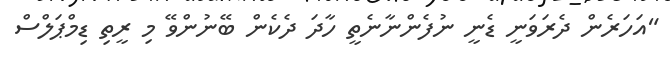
"އަހަރެން ދެރަވަނީ ޑެނީ ނުފެންނާނެތީ ހާދަ ދެކެން ބޭނުންވޭ މި ރީތި ޑިމްޕަލްސް